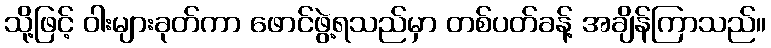
သို့ဖြင့် ဝါးများခုတ်ကာ ဖောင်ဖွဲ့ရသည်မှာ တစ်ပတ်ခန့် အချိန်ကြာသည်။